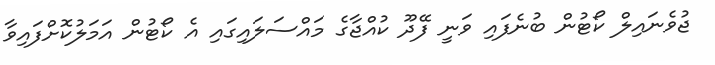
ޖުވެނައިލް ކޯޓުން ބުނެފައި ވަނީ ފޭދޫ ކުއްޖާގެ މައްސަލައިގައި އެ ކޯޓުން އަމަލުކޮށްފައިވާ